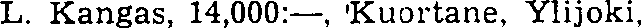
L. Kangas, 14,000:—, Kuortane, Ylijoki.